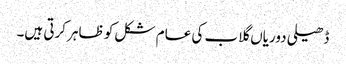
ڈھیلی دوریاں گلاب کی عام شکل کو ظاہر کرتی ہیں۔